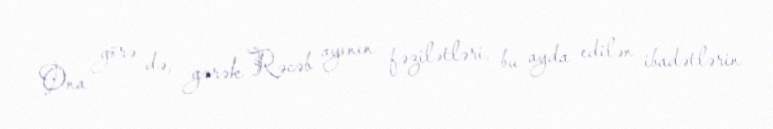
Ona görə də, gərək Rəcəb ayının fəzilətləri, bu ayda edilən ibadətlərin